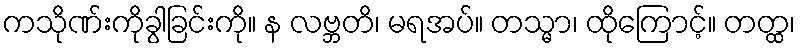
ကသိုဏ်းကိုခွါခြင်းကို။ န လဗ္ဘတိ၊ မရအပ်။ တသ္မာ၊ ထိုကြောင့်။ တတ္ထ၊